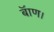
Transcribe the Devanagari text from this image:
बॅाण।